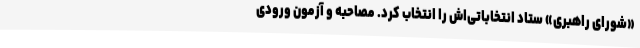
«شورای راهبری» ستاد انتخاباتی‌اش را انتخاب کرد. مصاحبه و آزمون ورودی